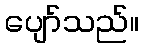
ပျော်သည်။